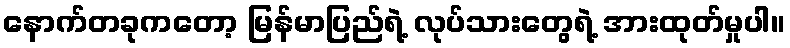
နောက်တခုကတော့ မြန်မာပြည်ရဲ့ လုပ်သားတွေရဲ့ အားထုတ်မှုပါ။